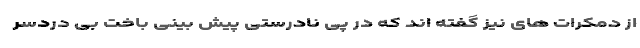
از دمکرات های نیز گفته اند که در پی نادرستی پیش بینی باخت بی دردسر